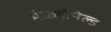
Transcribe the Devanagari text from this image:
मैकडोनेल्ड